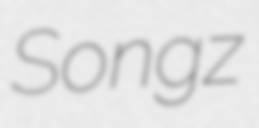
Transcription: Songz